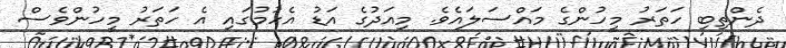
ދެންތިބި ހަތަރު މީހުންގެ މައްސަލައެވެ. މިއަދުގެ އަޑު އެހުމުގައި އެ ހަތަރު މީހުންވެސް